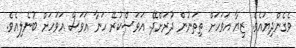
ވެގެންދިޔައެވެ. ޒިޔާ އަވަހަށް ތިތަނުން ދުރަށްދޭ. އަވަސްކުރޭ ހަނާ އަވަސް އަވަހަށް ބުނެލިއެވެ.